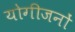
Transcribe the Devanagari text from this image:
योगीजनों